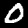
Label: 0